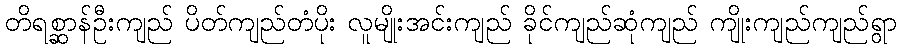
တိရစ္ဆာန်ဦးကျည် ပိတ်ကျည်တံပိုး လူမျိုးအင်းကျည် ခိုင်ကျည်ဆုံကျည် ကျိုးကျည်ကျည်ရွာ